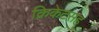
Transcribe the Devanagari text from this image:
क्रिकेटसह